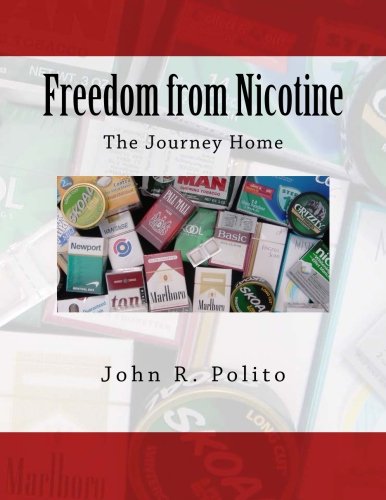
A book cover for Freedom from Nicotine - The Journey Home; John R. Polito; Health, Fitness & Dieting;